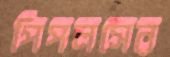
পিপলসের